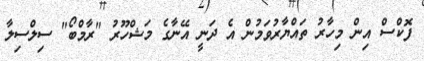
ފޮކްސް އިން މިހާރު ތައްޔާރުވަމުން އެ ދަނީ އޭނާގެ މަޝްހޫރު "ރާމްބޯ" ސިލްސިލާ